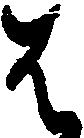
は